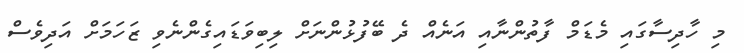
މި ހާދިސާގައި މެޑަމް ފާތުންނާއި އަނެއް ދެ ބޭފުޅުންނަށް ލިބިވަޑައިގެންނެވި ޒަހަމަށް އަދިވެސް